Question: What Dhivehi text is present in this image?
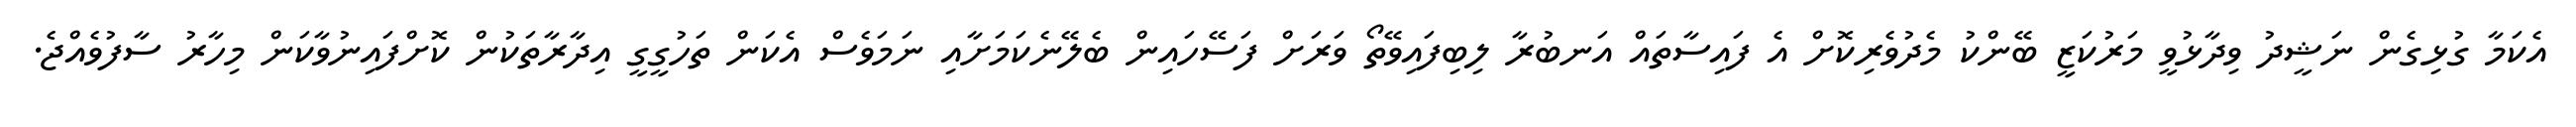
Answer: އެކަމާ ގުޅިގެން ނަޝީދު ވިދާޅުވީ މަރުކަޒީ ބޭންކު މެދުވެރިކޮށް އެ ފައިސާތައް އަނބުރާ ލިބިފައިވޭތޯ ވަރަށް ފަސޭހައިން ބެލޭނެކަމަށާއި ނަމަވެސް އެކަން ތަހުގީގީ އިދާރާތަކުން ކޮށްފައިނުވާކަން މިހާރު ސާފުވެއްޖެ.